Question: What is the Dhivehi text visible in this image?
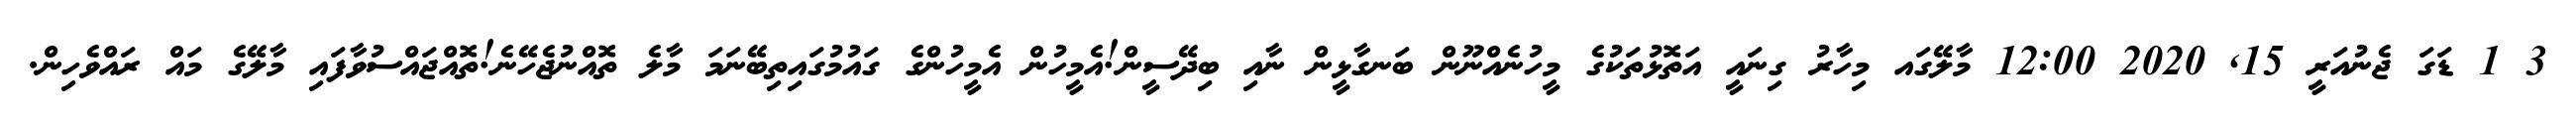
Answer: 3 1 ޑަގަ ޖެނުއަރީ 15, 2020 12:00 މާލޭގައ މިހާރު ގިނައީ އަތޮޅުތަކުގެ މީހުނެއްނޫން ބަނގާޅީން ނާއި ބިދޭސީން!އެމީހުން އެމީހުންގެ ގައުމުގައިތިބޭނަމަ މާލެ ތޮއްނުޖެހޭނެ!ތޮއްޖައްސުވާފައި މާލޭގެ މައް ރައްވެހިން.